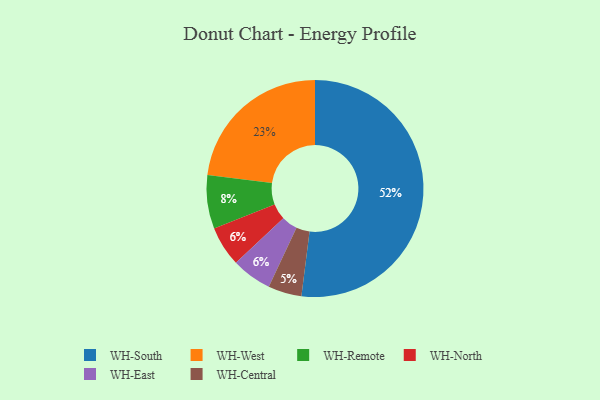
{"axis": {"x": "Category", "y": "Percentage"}, "legend": ["WH-Central", "WH-East", "WH-North", "WH-Remote", "WH-South", "WH-West"], "data": [{"x": "WH-West", "y": 23, "type": "WH-West"}, {"x": "WH-South", "y": 52, "type": "WH-South"}, {"x": "WH-North", "y": 6, "type": "WH-North"}, {"x": "WH-East", "y": 6, "type": "WH-East"}, {"x": "WH-Remote", "y": 8, "type": "WH-Remote"}, {"x": "WH-Central", "y": 5, "type": "WH-Central"}]}